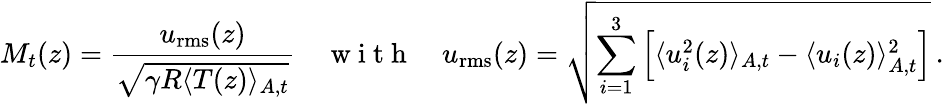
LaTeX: M_{t}(z)=\frac{u_{\mathrm{rms}}(z)}{\sqrt{\gamma R\langle T(z)\rangle_{A,t}}}\quad\mathrm{~w~i~t~h~}\quad u_{\mathrm{rms}}(z)=\sqrt{\sum_{i=1}^{3}\left[\langle u_{i}^{2}(z)\rangle_{A,t}-\langle u_{i}(z)\rangle_{A,t}^{2}\right]}\, .